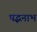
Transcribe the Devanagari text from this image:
पद्भनाभ